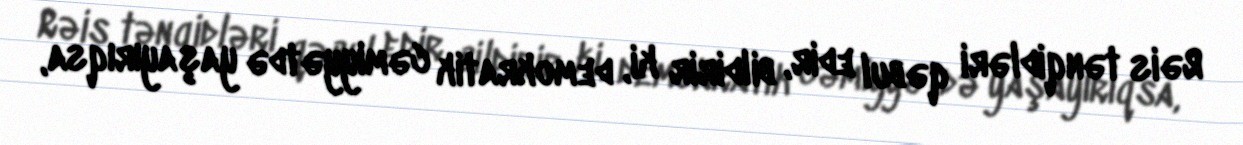
Rəis tənqidləri qəbul edir, bildirir ki, demokratik cəmiyyətdə yaşayırıqsa,